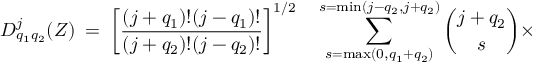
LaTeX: D _ { q _ { 1 } q _ { 2 } } ^ { j } ( Z ) \: = \: \left[ \frac { ( j + q _ { 1 } ) ! ( j - q _ { 1 } ) ! } { ( j + q _ { 2 } ) ! ( j - q _ { 2 } ) ! } \right] ^ { 1 / 2 } \quad \sum _ { s = \operatorname * { m a x } ( 0 , q _ { 1 } + q _ { 2 } ) } ^ { s = \operatorname * { m i n } ( j - q _ { 2 } , j + q _ { 2 } ) } { \binom { j + q _ { 2 } } { s } } \times